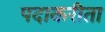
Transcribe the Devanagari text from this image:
पदाकरीता